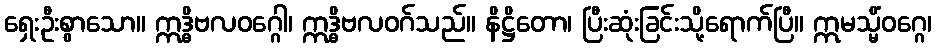
ရှေးဦးစွာသော။ ဣဒ္ဓိဗလဝဂ္ဂေါ၊ ဣဒ္ဓိဗလဝဂ်သည်။ နိဋ္ဌိတော၊ ပြီးဆုံးခြင်းသို့ရောက်ပြီ။ ဣမသ္မိံဝဂ္ဂေ၊